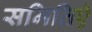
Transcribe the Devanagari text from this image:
समितिऍ